Civil Veterinary Dept. Assam report 1911-1927 - 1911-1927
Year: 1911
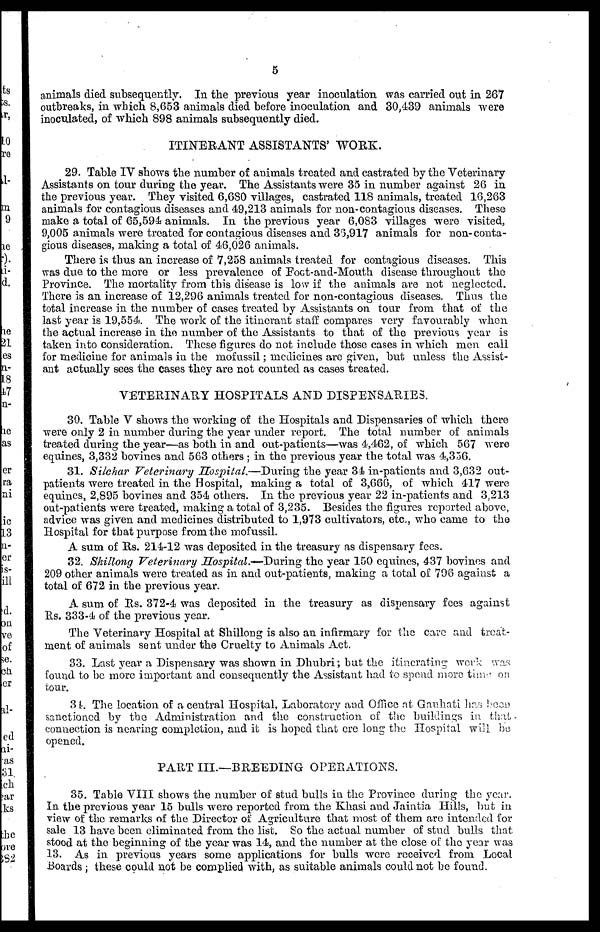
5
animals died subsequently. In the previous year inoculation was carried out in 267
outbreaks, in which 8,653 animals died before inoculation and 30,439 animals were
inoculated, of which 898 animals subsequently died.
ITINERANT ASSISTANTS' WORK.
29. Table IV shows the number of animals treated and castrated by the Veterinary
Assistants on tour during the year. The Assistants were 35 in number against 26 in
the previous year. They visited 6,680 villages, castrated 118 animals, treated 16,263
animals for contagious diseases and 49,213 animals for non-contagious diseases. These
make a total of 65,594 animals. In the previous year 6,083 villages were visited,
9,005 animals were treated for contagious diseases and 36,917 animals for non-conta-
gious diseases, making a total of 46,026 animals.
There is thus an increase of 7,258 animals treated for contagious diseases. This
was due to the more or less prevalence of Foot-and-Mouth disease throughout the
Province. The mortality from this disease is low if the animals are not neglected.
There is an increase of 12,296 animals treated for non-contagious diseases. Thus the
total increase in the number of cases treated by Assistants on tour from that of the
last year is 19,554. The work of the itinerant staff compares very favourably when
the actual increase in the number of the Assistants to that of the previous year is
taken into consideration. These figures do not include those cases in Which men call
for medicine for animals in the mofussil; medicines are given, but unless the Assist-
ant actually sees the cases they are not counted as cases treated.
VETERINARY HOSPITALS AND DISPENSARIES.
30. Table V shows the working of the Hospitals and Dispensaries of which there
were only 2 in number during the year under report. The total number of animals
treated during the year—as both in and out-patients—was 4,462, of which 567 were
equines, 3,332 bovines and 563 others ; in the previous year the total was 4,356.
31. Silchar Veterinary Hospital.—During the year 34 in-patients and 3,632 out-
patients were treated in the Hospital, making a total of 3,666, of which 417 were
equines, 2,895 bovines and 354 others. In the previous year 22 in-patients and 3,213
out-patients were treated, making a total of 3,235. Besides the figures reported above,
advice was given and medicines distributed to 1,973 cultivators, etc., who came to the
Hospital for that purpose from the mofussil.
A sum of Rs. 214-12 was deposited in the treasury as dispensary fees.
32. Shillong Veterinary Hospital.—-During the year 150 equines, 437 bovines and
209 other animals were treated as in and out-patients, making a total of 796 against a
total of 672 in the previous year.
A sum of Rs. 372-4 was deposited in the treasury as dispensary fees against
Rs. 333-4 of the previous year.
The Veterinary Hospital at Shillong is also an infirmary for the care and treat-
ment of animals sent under the Cruelty to Animals Act.
33. Last year a Dispensary was shown in Dhubri; but the itinerating work was
found to be more important and consequently the Assistant had to spend more time on
tour.
34. The location of a central Hospital, Laboratory and Office at Gauhati has been
sanctioned by the Administration and the construction of the buildings in that
connection is nearing completion, and it is hoped that ere long the Hospital will be
opened.
PART III.—BREEDING OPERATIONS.
35. Table VIII shows the number of stud bulls in the Province during the year.
In the previous year 15 bulls were reported from the Khasi and Jaintia Hills, but in
view of the remarks of the Director of Agriculture that most of them are intended for
sale 13 have been eliminated from the list. So the actual number of stud bulls that
stood at the beginning of the year was 14, and the number at the close of the year was
13. As in previous years some applications for bulls were received from Local
Boards ; these could not be complied. with, as suitable animals could not be found.